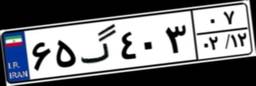
۶۵گ۴۰۳۰۷